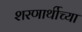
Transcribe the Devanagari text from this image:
शरणार्थीच्या